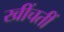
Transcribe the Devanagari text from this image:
खींचतीं